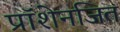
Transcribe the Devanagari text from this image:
प्रॉशेनजित